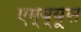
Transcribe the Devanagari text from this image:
एम्ब्यूस